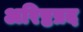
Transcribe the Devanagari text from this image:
अरिष्टप्रद